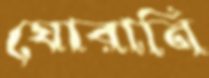
ঘোরানি